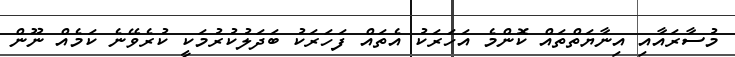
މުސާރައާއި އިނާޔަތްތައް ކޮންމެ އަހަރަކު އެތައް ފަހަރަކު ބަދަލުކުރުމަކީ ކުރެވޭނެ ކަމެއް ނޫން